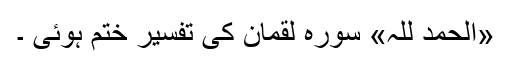
«اَلْحَمْدُ لِلہِ» سورہ لقمان کی تفسیر ختم ہوئی ۔